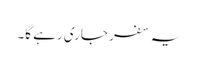
یہ سفر جاری رہے گا۔